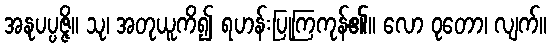
အနုပပ္ပဇ္ဇိ။ သု၊ အတုယူကိ၍ ရဟန်းပြုကြကုန်၏။ လော ဝုတော၊ လျက်။